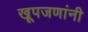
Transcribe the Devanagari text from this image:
खूपजणांनी